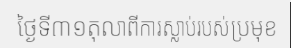
ថ្ងៃទី៣១តុលាពីការស្លាប់របស់ប្រមុខ